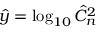
\hat { y } = \log _ { 1 0 } \hat { C } _ { n } ^ { 2 }